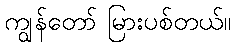
ကျွန်တော် မြားပစ်တယ်။